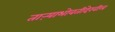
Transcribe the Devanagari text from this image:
ताऱ्याभोवतीदेखील